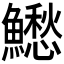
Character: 𩼗